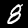
Digit: 8